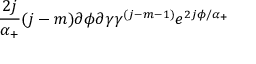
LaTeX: \frac { 2 j } { \alpha _ { + } } ( j - m ) \partial \phi \partial \gamma \gamma ^ { ( j - m - 1 ) } e ^ { 2 j \phi / \alpha _ { + } }